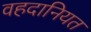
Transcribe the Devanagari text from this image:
वहदानियत